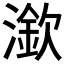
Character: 𣾠